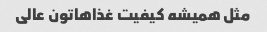
مثل همیشه کیفیت غذاهاتون عالی